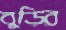
বুড়ির